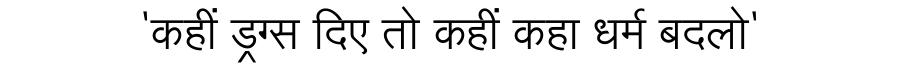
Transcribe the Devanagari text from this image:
'कहीं ड्रग्स दिए तो कहीं कहा धर्म बदलो'